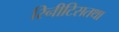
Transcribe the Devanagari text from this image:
रिनीटिसतथा